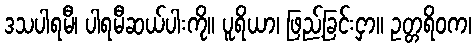
ဒသပါရမီ၊ ပါရမီဆယ်ပါးကို။ ပူရိယာ၊ ဖြည့်ခြင်းငှာ။ ဥတ္တရိဝက၊